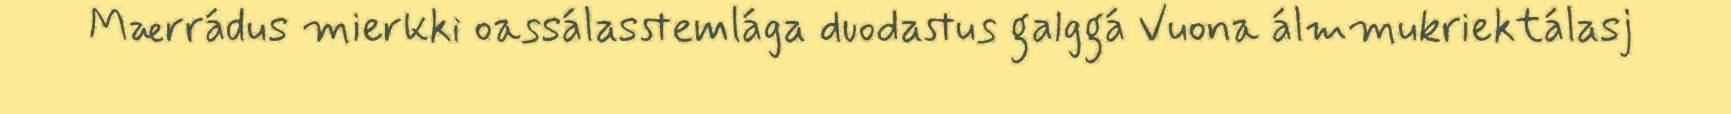
Mærrádus mierkki oassálasstemlága duodastus galggá Vuona álmmukriektálasj